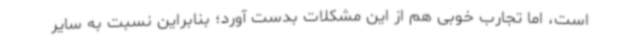
است، اما تجارب خوبی هم از این مشکلات بدست آورد؛ بنابراین نسبت به سایر